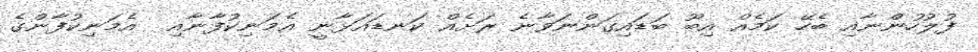
ފުލުހުންނާއި ބެހޭ ކަމެއް އިބޫ ބަޑައިގަންނަވާނެ ރަށެއް ކަނޑައަޅާނީ އެމަނިކުފާނާއި  އެމަނިކުފާންގެ